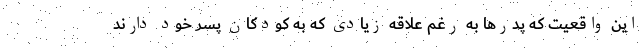
این واقعیت که پدرها به رغم علاقه زیادی که به کودکان پسر خود دارند